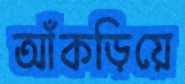
আঁকড়িয়ে